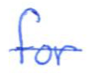
Text: for
Cross-out: single-line
Writing tool: ballpoint